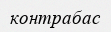
контрабас